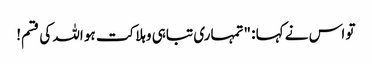
تو اس نے کہا : "تمہاری تباہی وہلاکت ہو اللہ کی قسم!